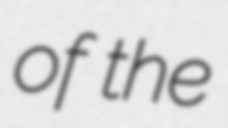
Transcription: of the